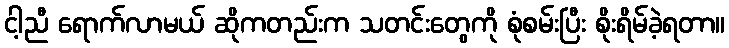
ငါ့ညီ ရောက်လာမယ် ဆိုကတည်းက သတင်းတွေကို စုံစမ်းပြီး စိုးရိမ်ခဲ့ရတာ။